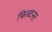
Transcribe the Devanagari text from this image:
फिच्टनर